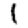
Digit: 1